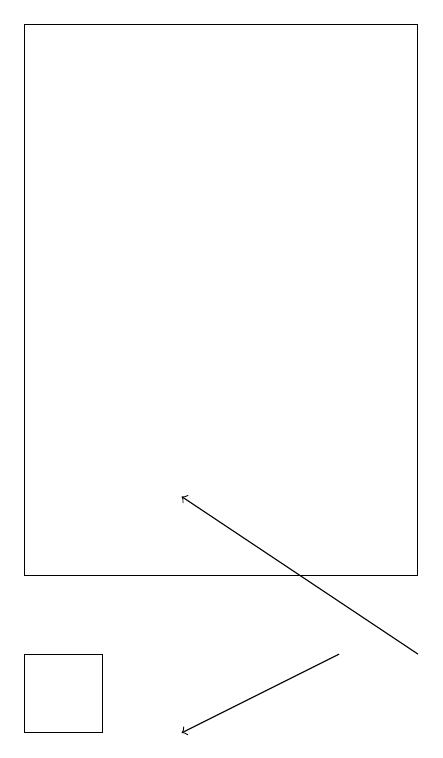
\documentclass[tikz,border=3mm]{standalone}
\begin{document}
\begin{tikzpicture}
\draw (3,10) rectangle (2,11);
\draw[->] (7,11) -- (4,13);
\draw (2,12) rectangle (7,19);
\draw[->] (6,11) -- (4,10);
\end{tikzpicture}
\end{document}